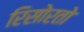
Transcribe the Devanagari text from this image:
रिसोरतो